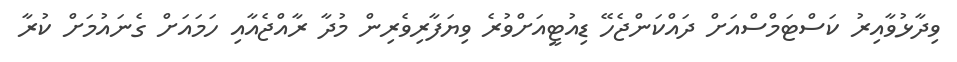
ވިދާޅުވާއިރު ކަސްޓަމްސްއަށް ދައްކަންޖެހޭ ޑިއުޓީއަށްވުރެ ވިޔަފާރިވެރިން މުދާ ރާއްޖެއާއި ހަމައަށް ގެނައުމަށް ކުރާ